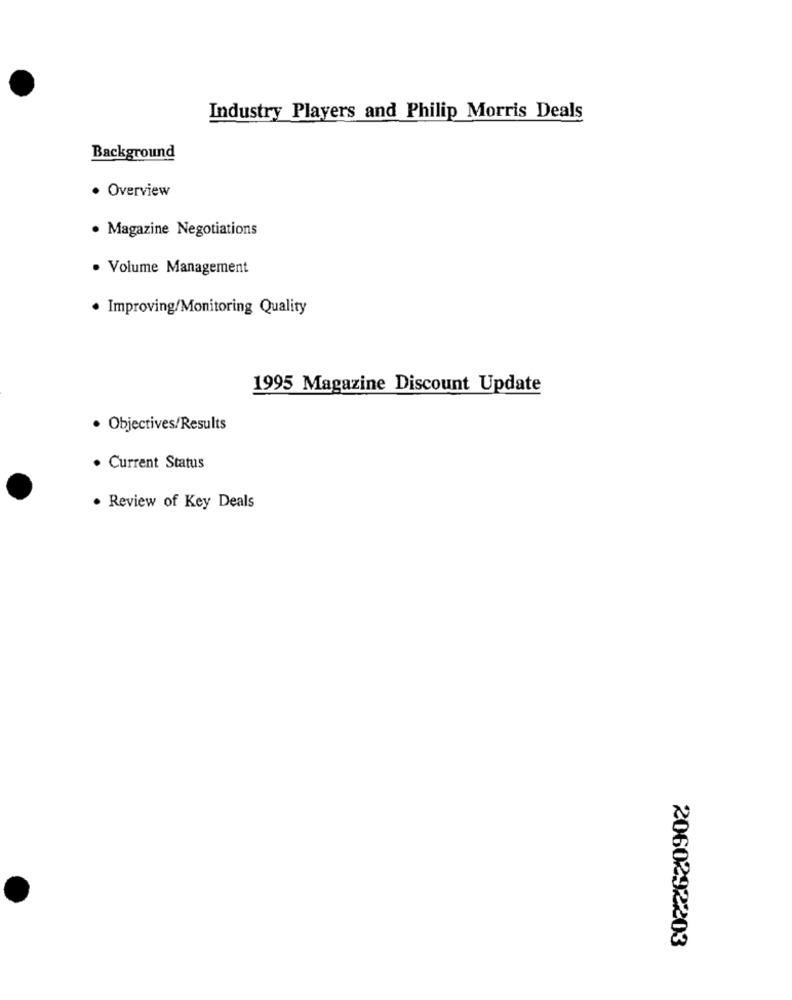
Industry Players and Philip Morris Deals
Background
· Overview
· Magazine Negotiations
· Volume Management
Improving/Monitoring Quality
1995 Magazine Discount Update
· Objectives/Results
· Current Status
· Review of Key Deals
2060292203